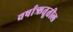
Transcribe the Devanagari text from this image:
वर्षाऋतूतील